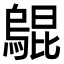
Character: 𤑎